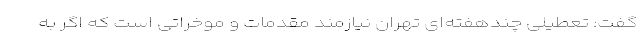
گفت: تعطیلی چندهفته‌ای تهران نیازمند مقدمات و موخراتی است که اگر به